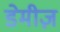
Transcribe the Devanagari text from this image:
डेमीज़